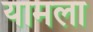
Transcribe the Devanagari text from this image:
यामला